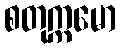
စတုက္ကမော